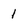
Character: 1